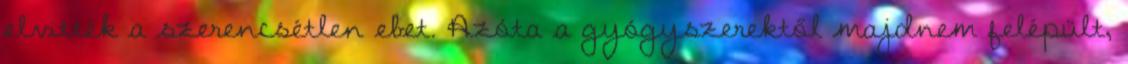
elvitték a szerencsétlen ebet. Azóta a gyógyszerektől majdnem felépült,